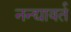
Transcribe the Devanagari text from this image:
नन्द्यावर्त